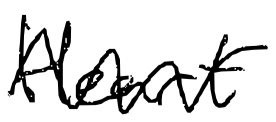
Text: Heart
Cross-out: zig-zag
Writing tool: digital_black